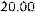
20.00